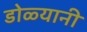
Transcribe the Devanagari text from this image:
डोळ्यानी